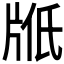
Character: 𤖿